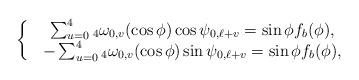
LaTeX: \begin{align*} \left\{\begin{matrix}&\sum_{u=0}^4 {_4}\omega_{0,v }(\cos \phi) \cos \psi_{0,\ell+v} = \sin \phi f_b(\phi), \\& - \sum_{u=0}^4 {_4}\omega_{0,v }(\cos \phi) \sin \psi_{0,\ell+v} = \sin \phi f_b(\phi), \\\end{matrix}\right.\end{align*}